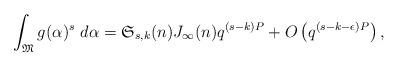
LaTeX: \begin{align*}\int_{ \mathfrak{M} } g(\alpha)^s \ d \alpha = \mathfrak{S}_{s,k}(n) J_{\infty}(n) q^{(s-k)P} + O\left( q^{(s-k - \epsilon )P} \right),\end{align*}